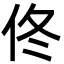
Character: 佟